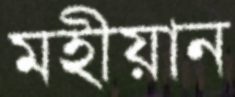
মহীয়ান